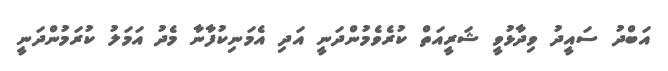
އަބްދު ސައީދު ވިދާޅުވީ ޝަރީއަތް ކުރެވެމުންދަނީ އަދި އެމަނިކުފާނާ މެދު އަމަލު ކުރަމުންދަނީ